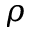
\rho